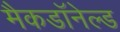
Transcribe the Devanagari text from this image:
मैकडॉनेल्ड